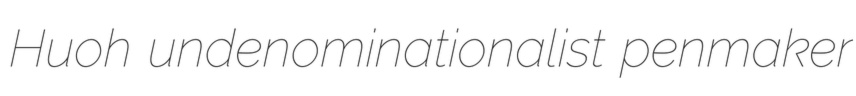
Huoh undenominationalist penmaker